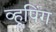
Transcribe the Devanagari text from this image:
व्हूपिंग